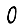
Digit: 0